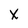
Character: X